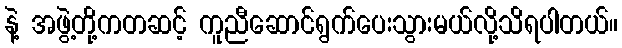
နဲ့ အဖွဲ့တို့ကတဆင့် ကူညီဆောင်ရွက်ပေးသွားမယ်လို့သိရပါတယ်။